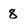
Character: 8